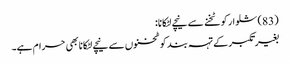
(83) شلوار کو ٹخنے سے نیچے لٹکانا:
بغیر تکبر کے تہہ بند کو ٹخنوں سے نیچے لٹکانا بھی حرام ہے۔